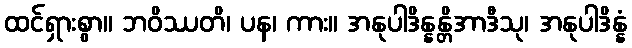
ထင်ရှားစွာ။ ဘဝိဿတိ၊ ပန၊ ကား။ အနုပါဒိန္နန္တိအာဒီသု၊ အနုပါဒိန္နံ